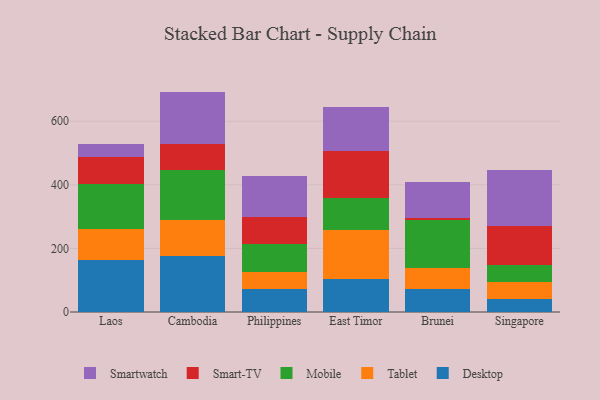
{"axis": {"x": "Country", "y": "Page Views"}, "legend": ["Desktop", "Mobile", "Smart-TV", "Smartwatch", "Tablet"], "data": [{"x": "Laos", "y": 162.2, "type": "Desktop"}, {"x": "Laos", "y": 97.4, "type": "Tablet"}, {"x": "Laos", "y": 142.9, "type": "Mobile"}, {"x": "Laos", "y": 86.2, "type": "Smart-TV"}, {"x": "Laos", "y": 38.6, "type": "Smartwatch"}, {"x": "Cambodia", "y": 176.4, "type": "Desktop"}, {"x": "Cambodia", "y": 112.2, "type": "Tablet"}, {"x": "Cambodia", "y": 158.3, "type": "Mobile"}, {"x": "Cambodia", "y": 82.6, "type": "Smart-TV"}, {"x": "Cambodia", "y": 163.6, "type": "Smartwatch"}, {"x": "Philippines", "y": 72.7, "type": "Desktop"}, {"x": "Philippines", "y": 53.3, "type": "Tablet"}, {"x": "Philippines", "y": 87.3, "type": "Mobile"}, {"x": "Philippines", "y": 86.0, "type": "Smart-TV"}, {"x": "Philippines", "y": 128.7, "type": "Smartwatch"}, {"x": "East Timor", "y": 104.5, "type": "Desktop"}, {"x": "East Timor", "y": 152.5, "type": "Tablet"}, {"x": "East Timor", "y": 103.0, "type": "Mobile"}, {"x": "East Timor", "y": 146.5, "type": "Smart-TV"}, {"x": "East Timor", "y": 139.4, "type": "Smartwatch"}, {"x": "Brunei", "y": 71.5, "type": "Desktop"}, {"x": "Brunei", "y": 67.9, "type": "Tablet"}, {"x": "Brunei", "y": 148.8, "type": "Mobile"}, {"x": "Brunei", "y": 6.2, "type": "Smart-TV"}, {"x": "Brunei", "y": 114.8, "type": "Smartwatch"}, {"x": "Singapore", "y": 39.9, "type": "Desktop"}, {"x": "Singapore", "y": 54.4, "type": "Tablet"}, {"x": "Singapore", "y": 52.3, "type": "Mobile"}, {"x": "Singapore", "y": 124.3, "type": "Smart-TV"}, {"x": "Singapore", "y": 175.0, "type": "Smartwatch"}]}